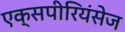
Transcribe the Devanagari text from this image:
एक्‍सपीरियंसेज